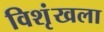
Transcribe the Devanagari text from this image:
विशृंखला